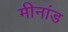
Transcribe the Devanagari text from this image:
मीनांड